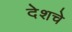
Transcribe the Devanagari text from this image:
देशचे